Scottish Leaving Certificate Examination, 1951
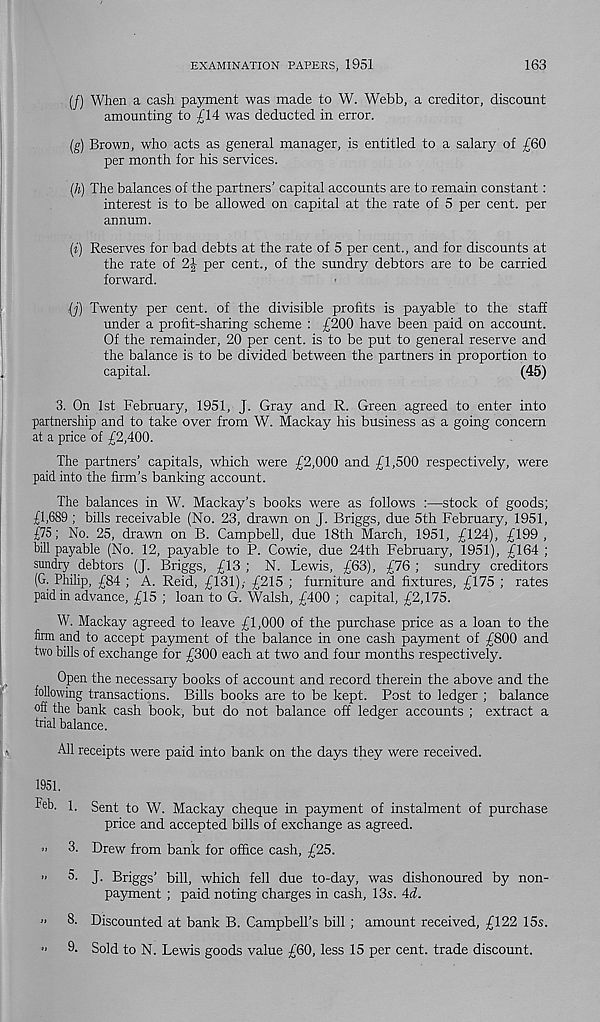
EXAMINATION PAPERS, 1951
163
(/) When a cash payment was made to W. Webb, a creditor, discount
amounting to £14 was deducted in error.
(g) Brown, who acts as general manager, is entitled to a salary of £60
per month for his services.
{/>) The balances of the partners’ capital accounts are to remain constant:
interest is to be allowed on capital at the rate of 5 per cent, per
annum.
(i) Reserves for bad debts at the rate of 5 per cent., and for discounts at
the rate of 2J per cent., of the sundry debtors are to be carried
forward.
(j) Twenty per cent, of the divisible profits is payable to the staff
under a profit-sharing scheme : £200 have been paid on account.
Of the remainder, 20 per cent, is to be put to general reserve and
the balance is to be divided between the partners in proportion to
capital.
(45)
3. On 1st February, 1951, J. Gray and R. Green agreed to enter into
partnership and to take over from W. Mackay his business as a going concern
at a price of £2,400.
The partners’ capitals, which were £2,000 and £1,500 respectively, were
paid into the firm’s banking account.
The balances in W. Mackay’s books were as follows :—stock of goods;
£1,689 ; bills receivable (No. 23, drawn on J. Briggs, due 5th February, 1951,
£75; No. 25, drawn on B. Campbell, due 18th March, 1951, £124), £199 ,
bill payable (No. 12, payable to P. Cowie, due 24th February, 1951), £164 ;
sundry debtors (J. Briggs, £13 ; N. Lewis, £63), £76 ; sundry creditors
(G. Philip, £84 ; A. Reid, £131),- £215 ; furniture and fixtures, £175 ; rates
paid in advance, £15 ; loan to G. Walsh, £400 ; capital, £2,175.
W. Mackay agreed to leave £1,000 of the purchase price as a loan to the
firm and to accept payment of the balance in one cash payment of £800 and
two bills of exchange for £300 each at two and four months respectively.
Open the necessary books of account and record therein the above and the
following transactions. Bills books are to be kept. Post to ledger ; balance
off the bank cash book, but do not balance off ledger accounts ; extract a
trial balance.
All receipts were paid into bank on the days they were received.
1951.
fieb. 1. Sent to W. Mackay cheque in payment of instalment of purchase
price and accepted bills of exchange as agreed.
3. Drew from bank for office cash, £25.
'• 5. J. Briggs’ bill, which fell due to-day, was dishonoured by non-
payment ; paid noting charges in cash, 13s. 4d.
" 8. Discounted at bank B. Campbell’s bill ; amount received, £122 15s.
" 9- Sold to N. Lewis goods value £60, less 15 per cent, trade discount.